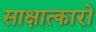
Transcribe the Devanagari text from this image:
साक्षात्कारो